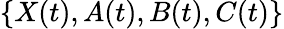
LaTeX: \{ X(t),A(t),B(t),C(t)\}